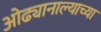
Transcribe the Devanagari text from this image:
ओढ्यानाल्याच्या